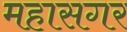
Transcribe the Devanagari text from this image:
महासगर